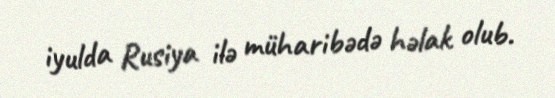
iyulda Rusiya ilə müharibədə həlak olub.